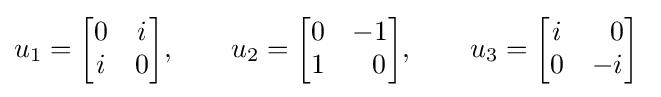
u_{1}={\begin{bmatrix}0&i\\i&0\end{bmatrix}},\qquad u_{2}={\begin{bmatrix}0&-1\\1&~~0\end{bmatrix}},\qquad u_{3}={\begin{bmatrix}i&~~0\\0&-i\end{bmatrix}}~